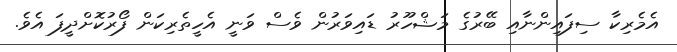
އެމެރިކާ ސިފައިންނާއި ބޭރުގެ މަޝްހޫރު ޑައިވަރުން ވެސް ވަނީ އެހީތެރިކަން ފޯރުކޮށްދީފަ އެވެ.